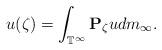
LaTeX: \begin{align*}u(\zeta)=\int_{\mathbb{T}^\infty}\mathbf{P}_\zeta udm_\infty.\end{align*}